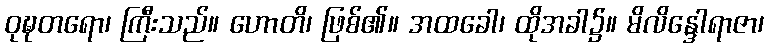
ဝုဍ္ဎတရော၊ ကြီးသည်။ ဟောတိ၊ ဖြစ်၏။ အထခေါ၊ ထိုအခါ၌။ မိလိန္ဒေါရာဇာ၊